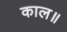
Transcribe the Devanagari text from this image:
काल॥